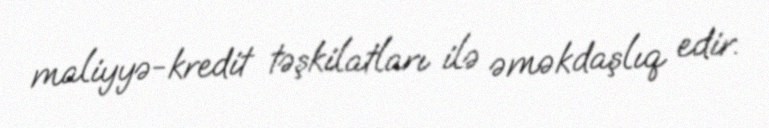
maliyyə-kredit təşkilatları ilə əməkdaşlıq edir.